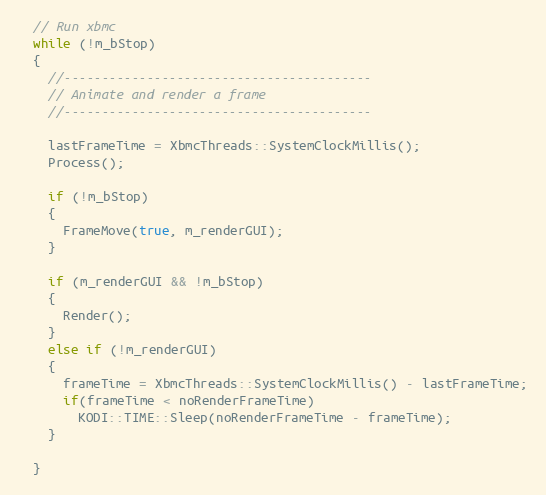
Language: C++
  // Run xbmc
  while (!m_bStop)
  {
    //-----------------------------------------
    // Animate and render a frame
    //-----------------------------------------

    lastFrameTime = XbmcThreads::SystemClockMillis();
    Process();

    if (!m_bStop)
    {
      FrameMove(true, m_renderGUI);
    }

    if (m_renderGUI && !m_bStop)
    {
      Render();
    }
    else if (!m_renderGUI)
    {
      frameTime = XbmcThreads::SystemClockMillis() - lastFrameTime;
      if(frameTime < noRenderFrameTime)
        KODI::TIME::Sleep(noRenderFrameTime - frameTime);
    }

  }